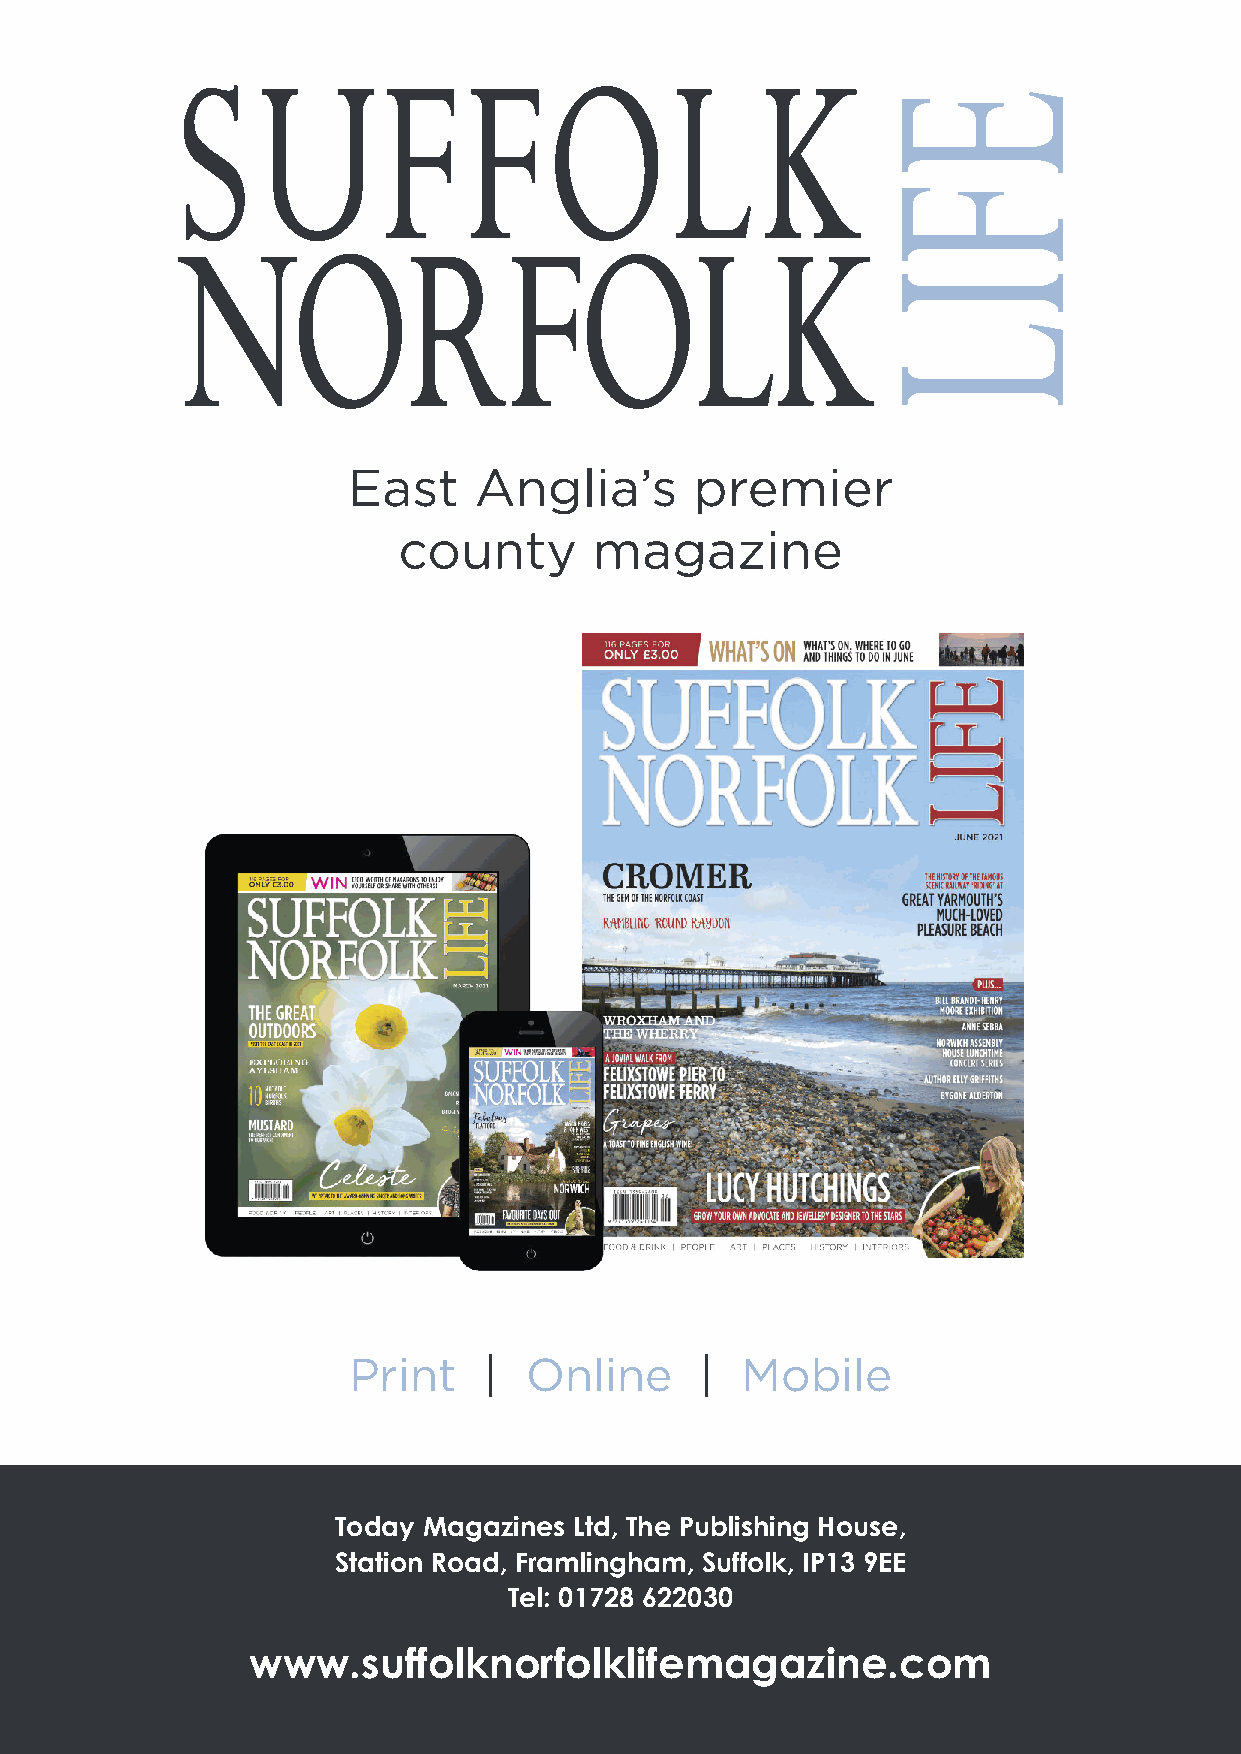
East    Anglia’s       premier
 county       magazine
 Print    |  Online     |  Mobile
 Today Magazines Ltd, The Publishing House,
 Station Road, Framlingham, Suffolk, IP13 9EE
 Tel: 01728 622030
 www.suffolknorfolklifemagazine.com